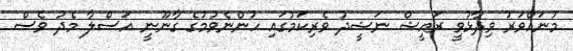
މުނައްވަރު ވިދާޅުވީ ރައީޝް ނަޝީދު ވެރިކަމުގައި ހުންނެވުމުގެ ގާނޫނީ އަސްލާ މެދު ވެސް